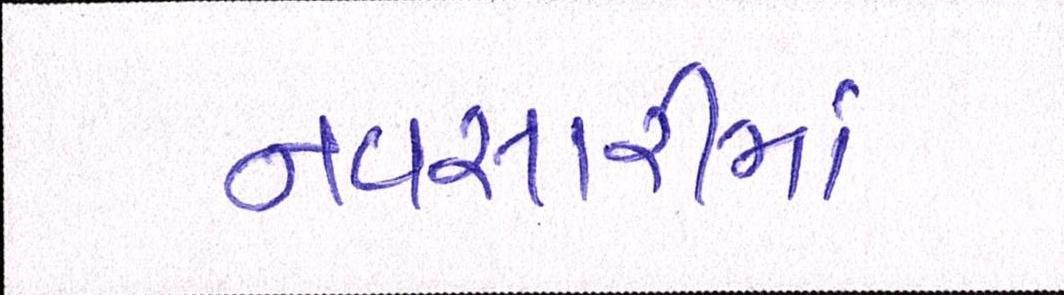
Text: નવસારીમાં